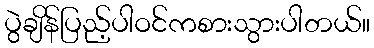
ပွဲချိန်ပြည့်ပါဝင်ကစားသွားပါတယ်။